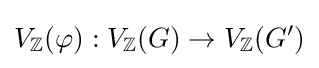
V_{\mathbb {Z} }(\varphi ):V_{\mathbb {Z} }(G)\to V_{\mathbb {Z} }(G')